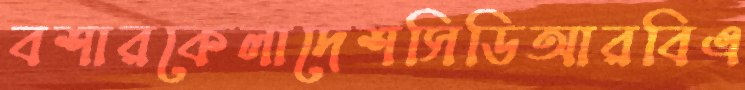
বশারকেলাদেশসিডিআরবিএ